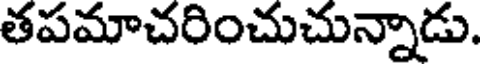
తపమాచరించుచున్నాడు.